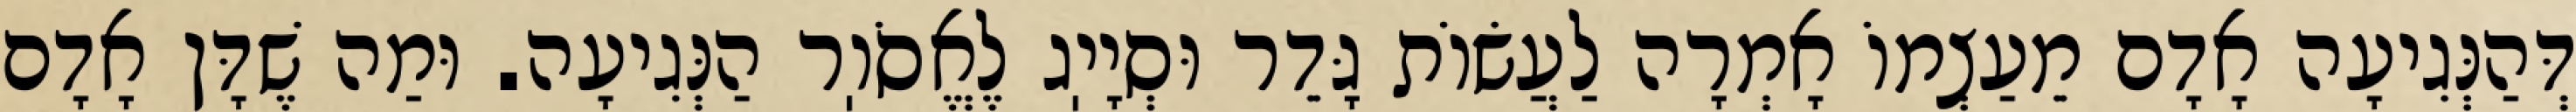
דְּהַנְּגִיעָה אָדָם מֵעַצְמוֹ אָמְרָה לַעֲשׂוֹת גָּדֵר וּסְיָיֽג לֶאֱסֹוֽר הַנְּגִיעָה. וּמַה שֶׁדָּן אָדָם